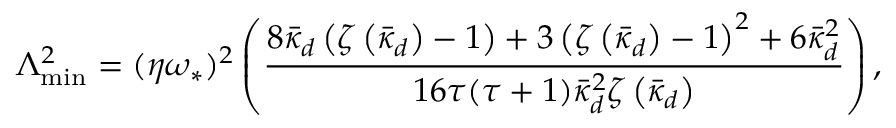
\Lambda _ { \mathrm { m i n } } ^ { 2 } = ( \eta \omega _ { \ast } ) ^ { 2 } \left( \frac { 8 \bar { \kappa } _ { d } \left( \zeta \left( \bar { \kappa } _ { d } \right) - 1 \right) + 3 \left( \zeta \left( \bar { \kappa } _ { d } \right) - 1 \right) ^ { 2 } + 6 \bar { \kappa } _ { d } ^ { 2 } } { 1 6 \tau ( \tau + 1 ) \bar { \kappa } _ { d } ^ { 2 } \zeta \left( \bar { \kappa } _ { d } \right) } \right) ,